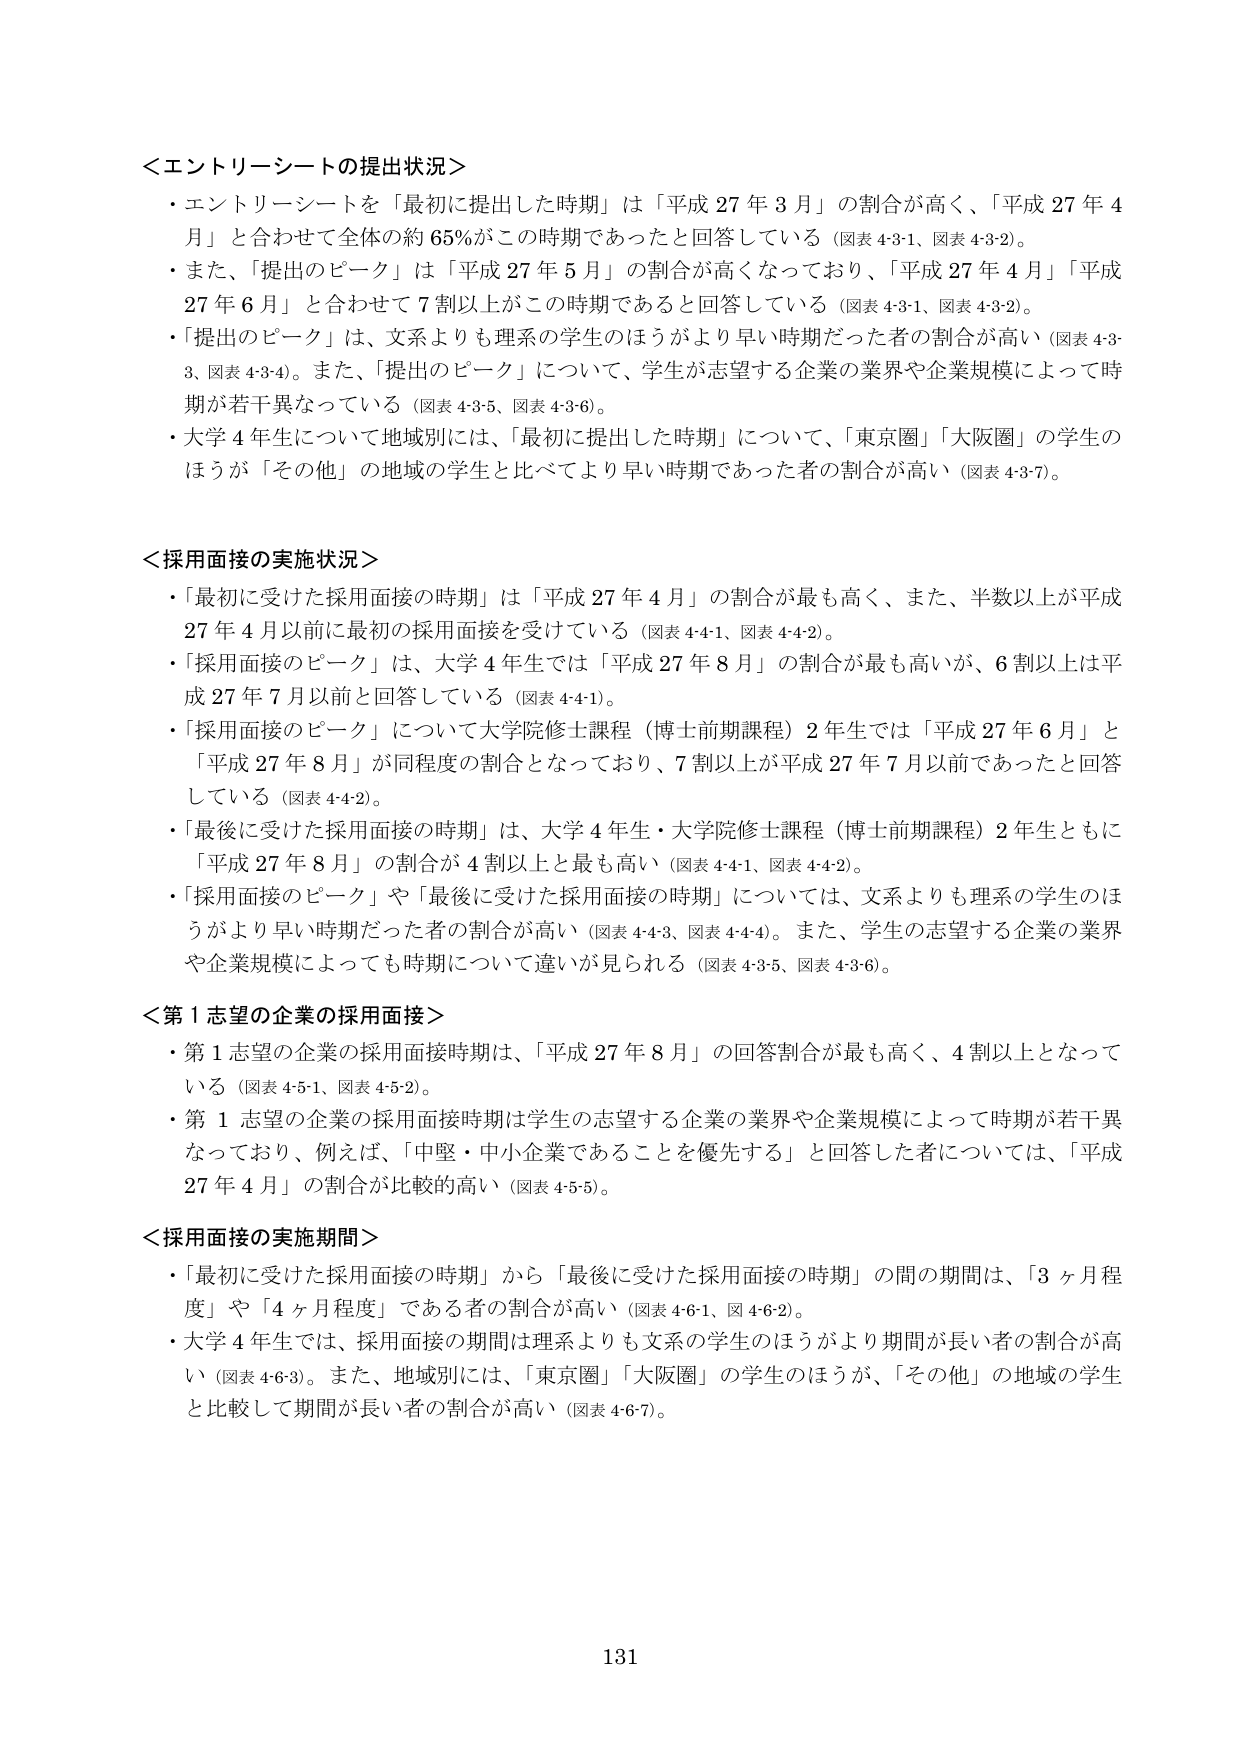
＜エントリーシートの提出状況＞
・エントリーシートを「最初に提出した時期」は「平成27年3月」の割合が高く、「平成27年4月」と合わせて全体の約65％がこの時期であったと回答している（図表4-3-1、図表4-3-2）。
・また、「提出のピーク」は「平成27年5月」の割合が高くなっており、「平成27年4月」「平成27年6月」と合わせて7割以上がこの時期であると回答している（図表4-3-1、図表4-3-2）。
・「提出のピーク」は、文系よりも理系の学生のほうがより早い時期だった者の割合が高い（図表4-3-3、図表4-3-4）。また、「提出のピーク」について、学生が志望する企業の業界や企業規模によって時期が若干異なっている（図表4-3-5、図表4-3-6）。
・大学4年生について地域別には、「最初に提出した時期」について、「東京圏」「大阪圏」の学生のほうが「その他」の地域の学生と比べてより早い時期であった者の割合が高い（図表4-3-7）。

＜採用面接の実施状況＞
・「最初に受けた採用面接の時期」は「平成27年4月」の割合が最も高く、また、半数以上が平成27年4月以前に最初の採用面接を受けている（図表4-4-1、図表4-4-2）。
・「採用面接のピーク」は、大学4年生では「平成27年8月」の割合が最も高いが、6割以上は平成27年7月以前と回答している（図表4-4-1）。
・「採用面接のピーク」について大学院修士課程（博士前期課程）2年生では「平成27年6月」と「平成27年8月」が同程度の割合となっており、7割以上が平成27年7月以前であったと回答している（図表4-4-2）。
・「最後に受けた採用面接の時期」は、大学4年生・大学院修士課程（博士前期課程）2年生ともに「平成27年8月」の割合が4割以上と最も高い（図表4-4-1、図表4-4-2）。
・「採用面接のピーク」や「最後に受けた採用面接の時期」については、文系よりも理系の学生のほうがより早い時期だった者の割合が高い（図表4-4-3、図表4-4-4）。また、学生の志望する企業の業界や企業規模によっても時期について違いが見られる（図表4-3-5、図表4-3-6）。

＜第1志望の企業の採用面接＞
・第1志望の企業の採用面接時期は、「平成27年8月」の回答割合が最も高く、4割以上となっている（図表4-5-1、図表4-5-2）。
・第1志望の企業の採用面接時期は学生の志望する企業の業界や企業規模によって時期が若干異なっており、例えば、「中堅・中小企業であることを優先する」と回答した者については、「平成27年4月」の割合が比較的高い（図表4-5-5）。

＜採用面接の実施期間＞
・「最初に受けた採用面接の時期」から「最後に受けた採用面接の時期」の間の期間は、「3ヶ月程度」や「4ヶ月程度」である者の割合が高い（図表4-6-1、図4-6-2）。
・大学4年生では、採用面接の期間は理系よりも文系の学生のほうがより期間が長い者の割合が高い（図表4-6-3）。また、地域別には、「東京圏」「大阪圏」の学生のほうが、「その他」の地域の学生と比較して期間が長い者の割合が高い（図表4-6-7）。

131